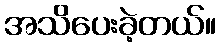
အသိပေးခဲ့တယ်။